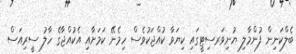
ބެލްކަނިން ފުންމާލި ޔުނިވަރސިޓީގައި ކިޔަވާ ކުއްޖަކުވެސް ހިމެނޭ ކަމަށާއި އެކުއްޖާގެ ހާލު ސީރިއަސް